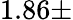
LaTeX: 1.86\pm